Vaccine operations Central Provinces 1868-1885 - 1868-1885
Year: 1868
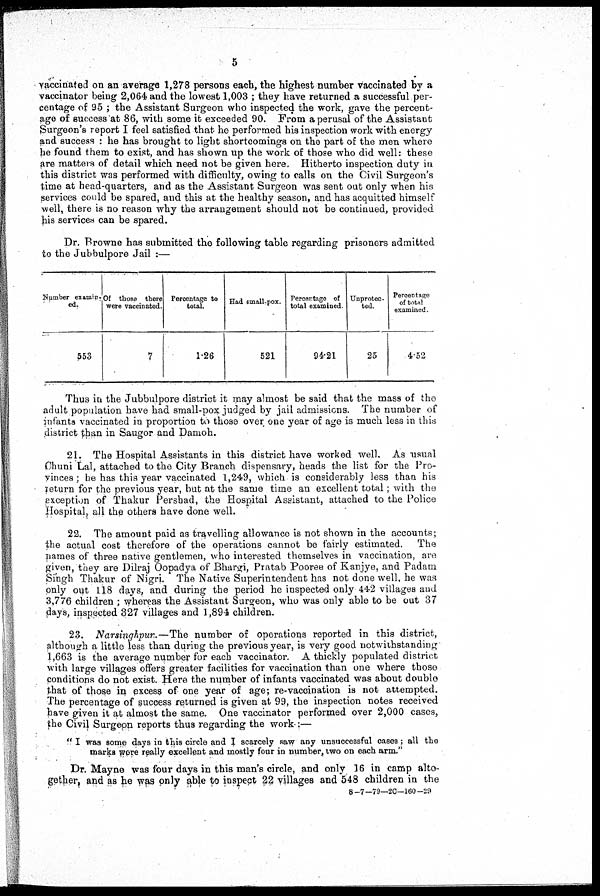
5
vaccinated on an average 1,278 persons each, the highest number vaccinated by a
vaccinator being 2,064 and the lowest 1,003 ; they have returned a successful per-
centage of 95 ; the Assistant Surgeon who inspected the work, gave the percent-
age of success at 86, with some it exceeded 90. From a perusal of the Assistant
Surgeon's report I feel satisfied that he performed his inspection work with energy
and success : he has brought to light shortcomings on the part of the men where
he found them to exist, and has shown up the work of those who did well: these
are matters of detail which need not be given here. Hitherto inspection duty in
this district was performed with difficulty, owing to calls on the Civil Surgeon's
time at head-quarters, and as the Assistant Surgeon was sent out only when his
services could be spared, and this at the healthy season, and has acquitted himself
well, there is no reason why the arrangement should not be continued, provided
his services can be spared.
Dr. Browne has submitted the following table regarding prisoners admitted
to the Jubbulpore Jail :—
Number examin-
ed.
553
Of those there
were vaccinated.
7
Percentage to
total.
1.26
Had small-pox.
521
Percentage of
total examined.
94.21
Unprotec-
ted.
25
Percentage
of total
examined
4.52
Thus in the Jubbulpore district it may almost be said that the mass of the
adult population have had small-pox judged by jail admissions. The number of
infants vaccinated in proportion to those over one year of age is much less in this
district than in Saugor and Damoh.
21. The Hospital Assistants in this district have worked well. As usual
Chuni Lal, attached to the City Branch dispensary, heads the list for the Pro-
vinces ; he has this year vaccinated 1,249, which is considerably less than his
return for the previous year, but at the same time an excellent total; with the
exception of Thakur Pershad, the Hospital Assistant, attached to the Police
Hospital, all the others have done well.
22. The amount paid as travelling allowance is not shown in the accounts;
the actual cost therefore of the operations cannot be fairly estimated. The
names of three native gentlemen, who interested themselves in vaccination, are
given, they are Dilraj Oopadya of Bhargi, Pratab Pooree of Kanjye, and Padam
Singh Thakur of Nigri. The Native Superintendent has not done well, he was
only out 118 days, and during the period he inspected only 442 villages and
3,776 children ; whereas the Assistant Surgeon, who was only able to be out 37
days, inspected 327 villages and 1,894 children.
23. Narsinghpur.—The number of operations reported in this district,
although a little less than during the previous year, is very good notwithstanding
1,663 is the average number for each vaccinator. A thickly populated district
with large villages offers greater facilities for vaccination than one where those
conditions do not exist. Here the number of infants vaccinated was about double
that of those in excess of one year of age; re-vaccination is not attempted.
The percentage of success returned is given at 99, the inspection notes received
have given it at almost the same. One vaccinator performed over 2,000 cases,
the Civil Surgeon reports thus regarding the work :—
" I was some days in this circle and I scarcely saw any unsuccessful cases; all the
marks were really excellent and mostly four in number, two on each arm."
Dr. Mayne was four days in this man's circle, and only 16 in camp alto-
gether, and as he was only able to inspect 22 villages and 548 children in the
8-7—79—20—160—29